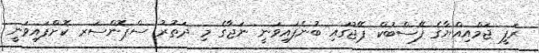
ރަފީ ޖަމްއިއްޔާގެ ފޭސްބުކް ޕޭޖުގައި ބުނެފައިވަނީ ނަޖާގެ މި ދަތުރު ސްޕޮންސަރ ކޮށްފައިވަނީ